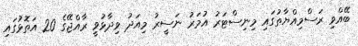
ބޭއްވި ރަސްމިއްޔާތުގައި މިނިސްޓަރު އުމަރު ނަސީރު މިއަދު ވިދާޅުވީ ރާއްޖޭގެ 20 އަތޮޅުގައި